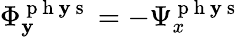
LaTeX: \Phi_{\mathbf{y}}^{\mathrm{{~p~h~\mathbf{y}~s~}}}=-\Psi_{x}^{\mathrm{{~p~h~\mathbf{y}~s~}}}